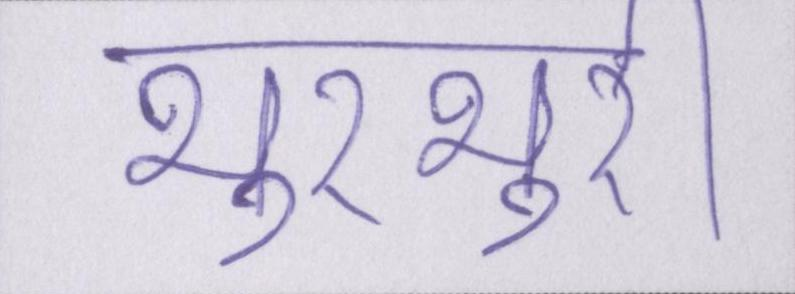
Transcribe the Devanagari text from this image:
भुरभुरी